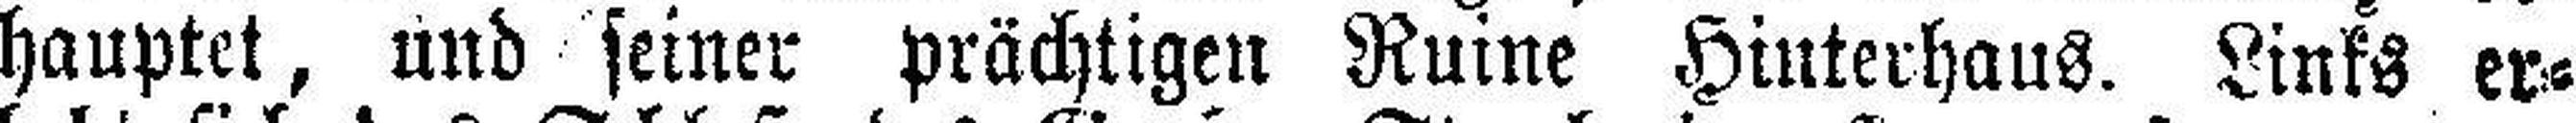
hauptet, und seiner prächtigen Ruine Hinterhaus. Links er¬